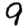
Digit: 9